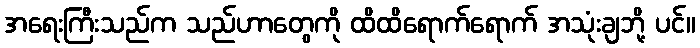
အရေးကြီးသည်က သည်ဟာတွေကို ထိထိရောက်ရောက် အသုံးချဘို့ ပင်။